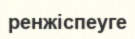
ренжіспеуге